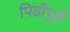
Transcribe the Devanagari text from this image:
पिढीपुढे